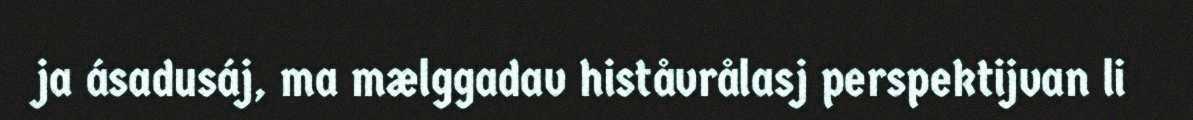
ja ásadusáj, ma mælggadav histåvrålasj perspektijvan li